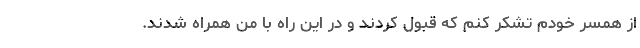
از همسر خودم تشکر کنم که قبول کردند و در این راه با من همراه شدند.